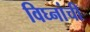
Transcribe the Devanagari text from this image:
विघ्नांची